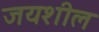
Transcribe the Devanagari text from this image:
जयशील